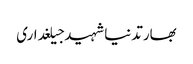
بھارتدنیاشہیدجیلغداری